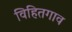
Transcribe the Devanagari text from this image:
विहितगाव